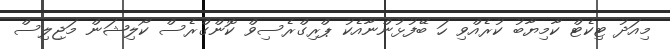
މިއަދު ޓިކެޓް ކާމިޔާބު ކުރެއްވި ހަ ބޭފުޅުންނާއެކު ޕްރިގްރެސިވް ކޮންގްރެސް ކޯލިޝަން މަޖިލިސް